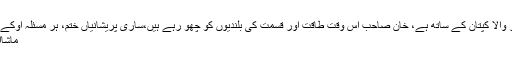
اوپر والا کپتان کے ساتھ ہے، خان صاحب اس وقت طاقت اور قسمت کی بلندیوں کو چھو رہے ہیں،ساری پریشانیاں ختم، ہر مسئلہ اوکے،...
ماشااللہ!